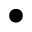
\bullet